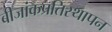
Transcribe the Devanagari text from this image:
बीजांकप्रतिस्थापन